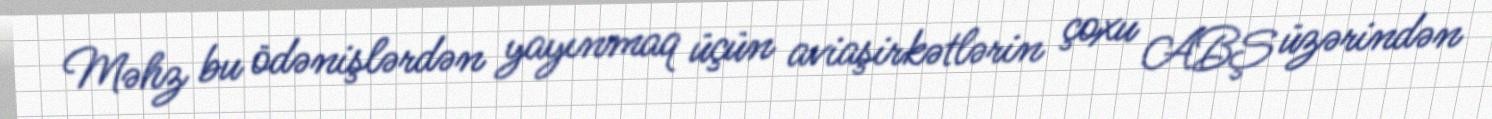
Məhz bu ödənişlərdən yayınmaq üçün aviaşirkətlərin çoxu ABŞ üzərindən